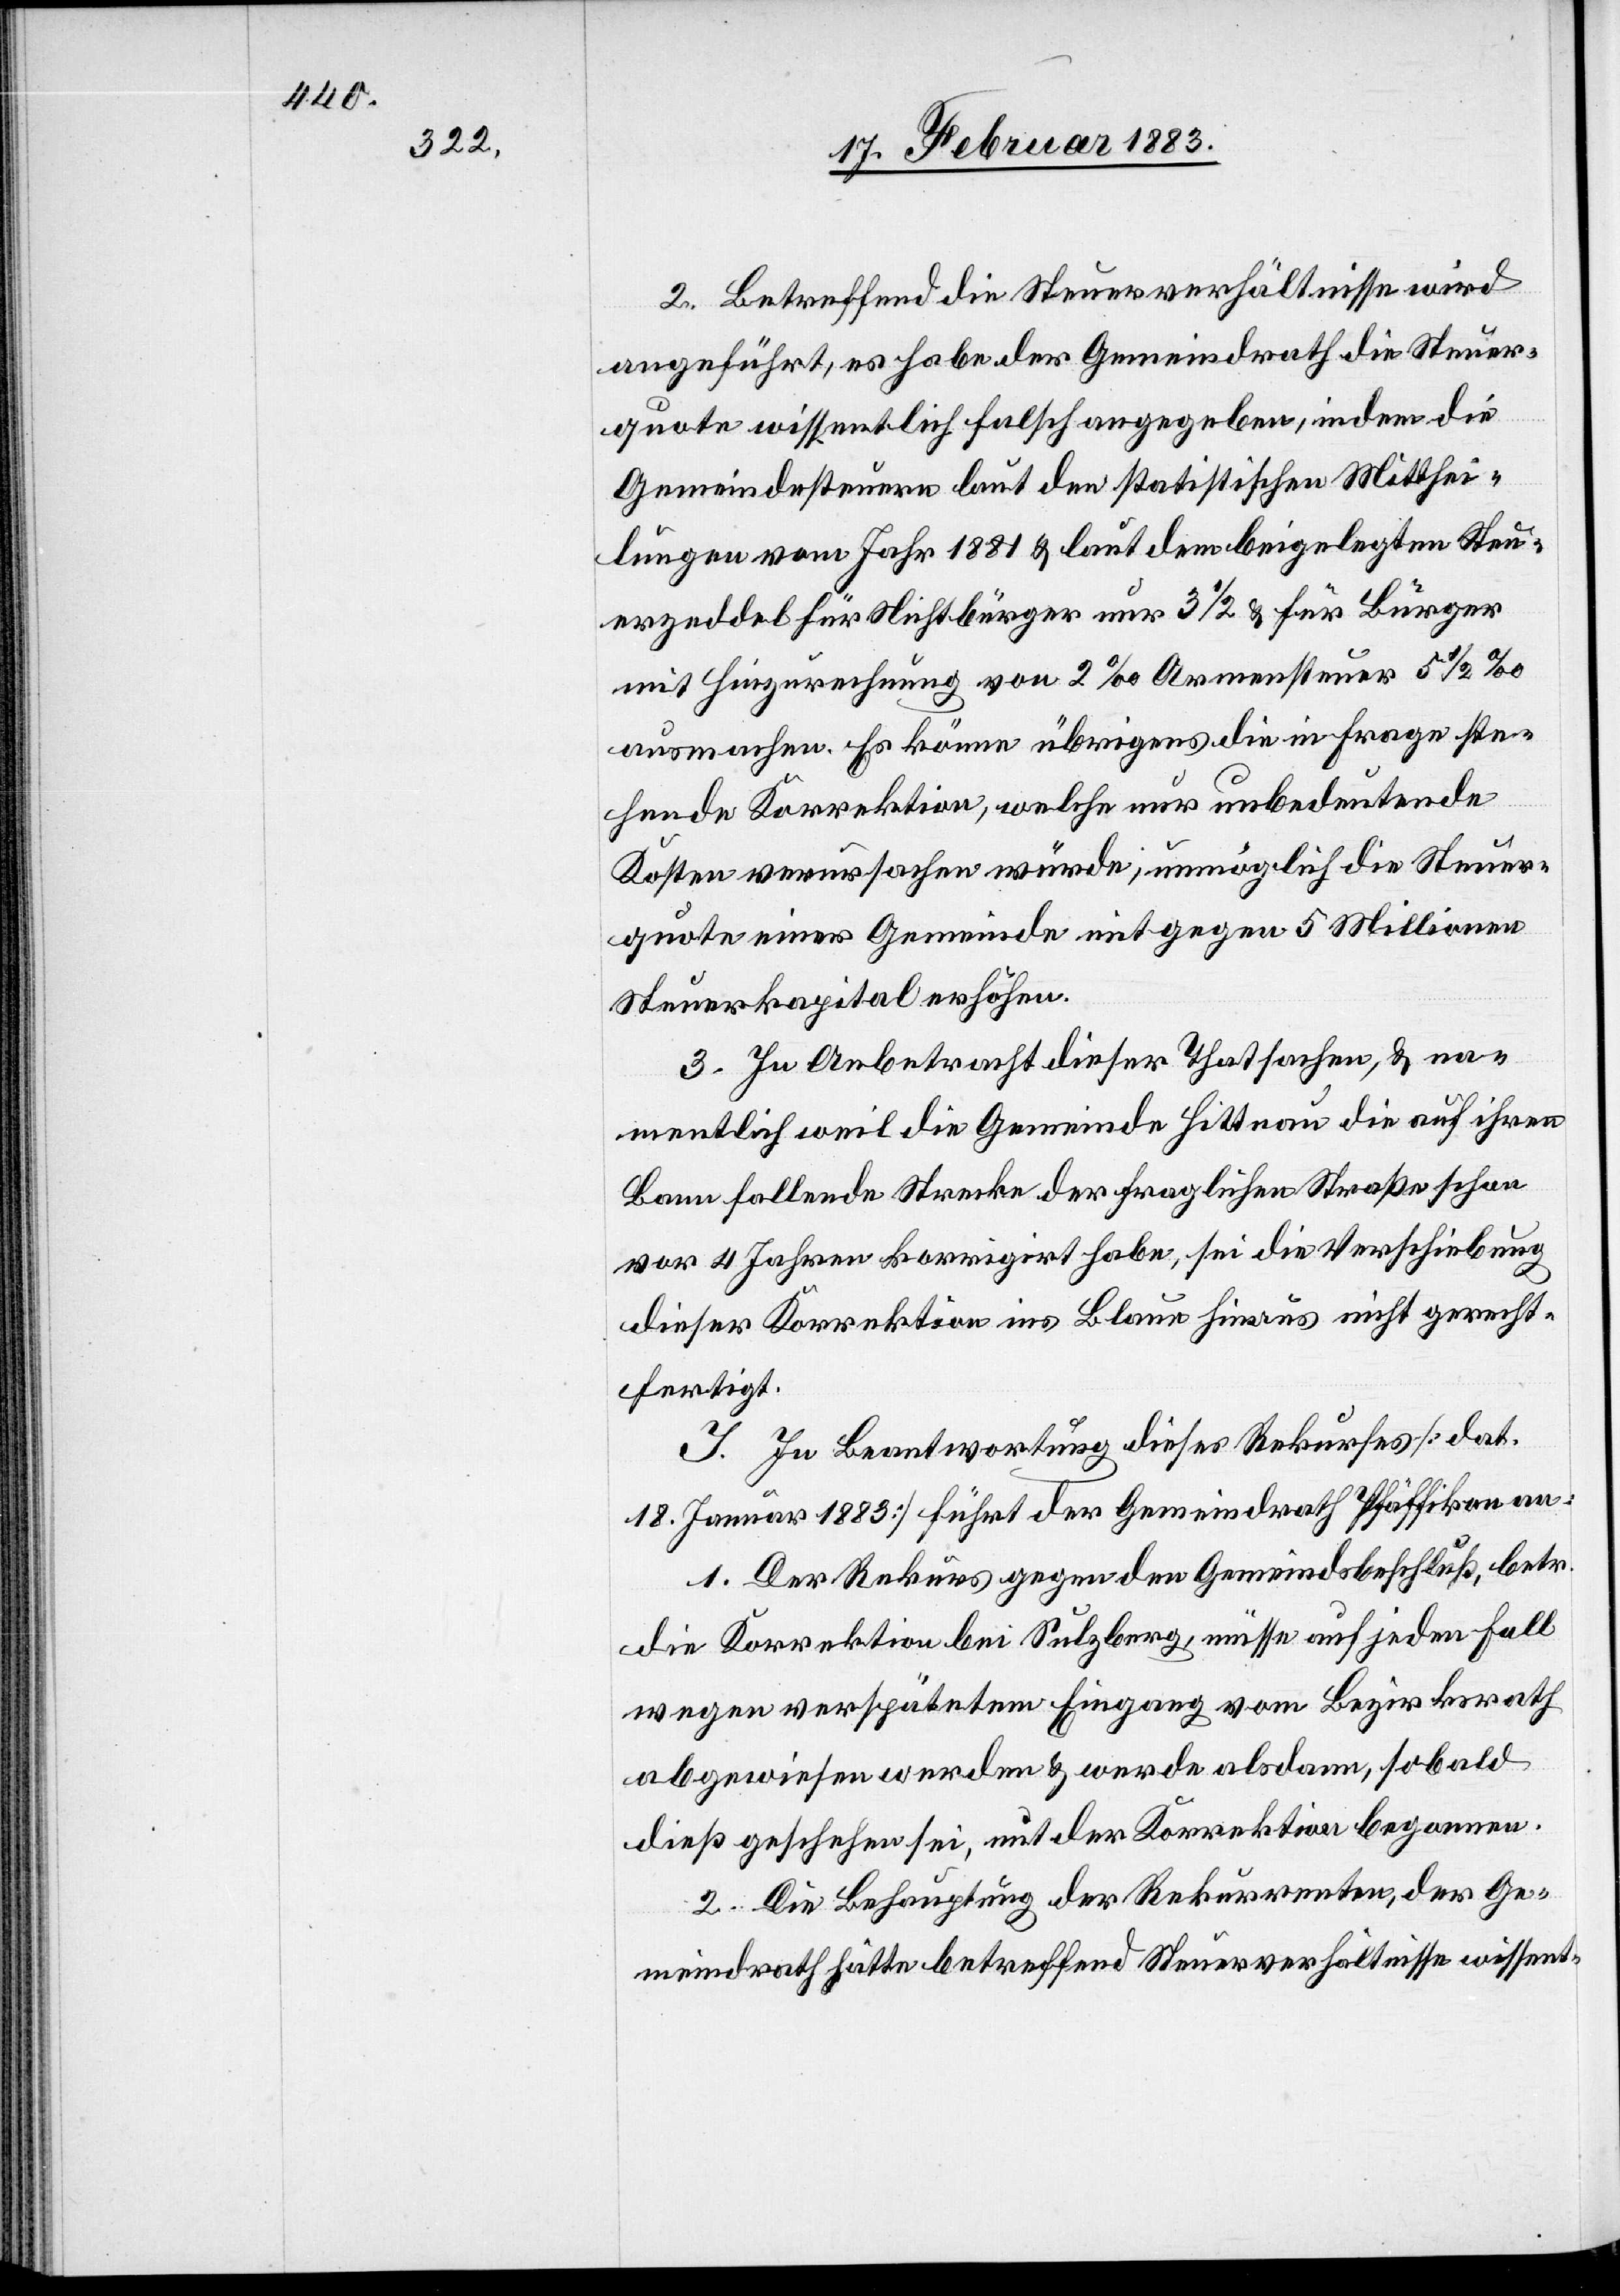
2. Betreffend die Steuerverhältnisse wird
angeführt, es habe der Gemeindrath die Steuer¬
quote wissentlich falsch angegeben, indem die
Gemeindesteuern laut den statistischen Mitthei¬
lungen vom Jahr 1881 & laut dem beigelegten Steu¬
erzeddel für Nichtbürger nur 3 1/2 & für Bürger
mit Hinzurechnung von 2‰ Armensteuer 5 1/2‰
ausmachen. Es könne übrigens die in Frage ste¬
hende Korrektion, welche nur unbedeutende
Kosten verursachen würde, unmöglich die Steuer¬
quote einer Gemeinde mit gegen 5 Millionen
Steuerkapital erhöhen.
3. In Anbetracht dieser Thatsachen, & na¬
mentlich weil die Gemeinde Hittnau die auf ihren
Bann fallende Strecke der fraglichen Straße schon
vor 4 Jahren korrigirt habe, sei die Verschiebung
dieser Korrektion ins Blaue hinaus nicht gerecht¬
fertigt.
J. In Beantwortung dieses Rekurses [dat.
18. Januar 1883] führt der Gemeindrath Pfäffikon an:
Der Rekurs gegen den Gemeindsbeschluß, betr.
die Korrektion bei Sulzberg, müsse auf jeden Fall
wegen verspätetem Eingang vom Bezirksrath
abgewiesen werden & werde alsdann, sobald
dieß geschehen sei, mit der Korrektion begonnen.
2. Die Behauptung der Rekurrenten, der Ge¬
meindrath hätte betreffend Steuerverhältnisse wissent-